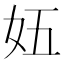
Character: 𫰌